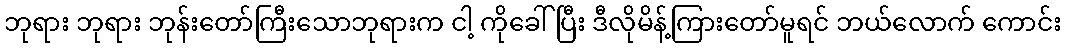
ဘုရား ဘုရား ဘုန်းတော်ကြီးသောဘုရားက ငါ့ ကိုခေါ်ပြီး ဒီလိုမိန့်ကြားတော်မူရင် ဘယ်လောက် ကောင်း